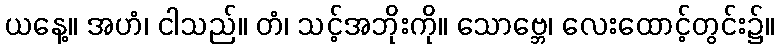
ယနေ့။ အဟံ၊ ငါသည်။ တံ၊ သင့်အဘိုးကို။ သောဗ္ဘေ၊ လေးထောင့်တွင်း၌။